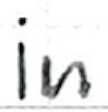
Text: in
Cross-out: clean
Writing tool: ballpoint